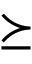
\succeq